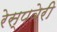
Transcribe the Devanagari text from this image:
रेस्पबेरी